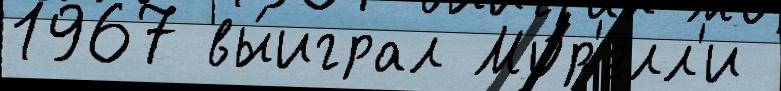
1967 вы́играл Мор'елл'и